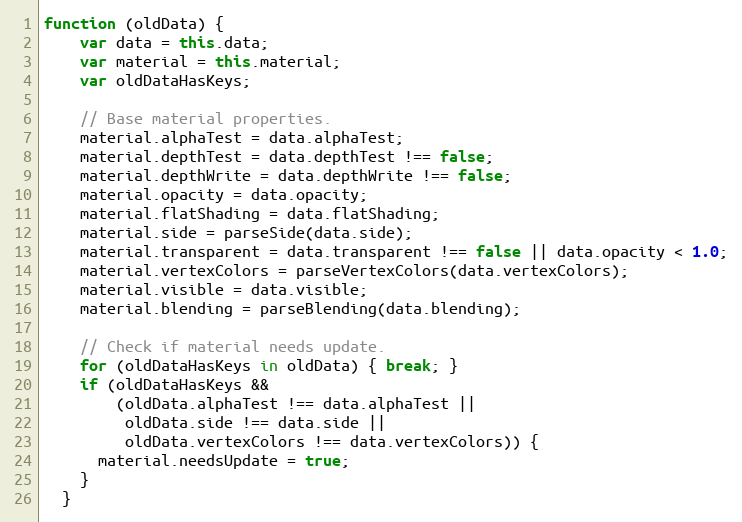
Language: JavaScript
function (oldData) {
    var data = this.data;
    var material = this.material;
    var oldDataHasKeys;

    // Base material properties.
    material.alphaTest = data.alphaTest;
    material.depthTest = data.depthTest !== false;
    material.depthWrite = data.depthWrite !== false;
    material.opacity = data.opacity;
    material.flatShading = data.flatShading;
    material.side = parseSide(data.side);
    material.transparent = data.transparent !== false || data.opacity < 1.0;
    material.vertexColors = parseVertexColors(data.vertexColors);
    material.visible = data.visible;
    material.blending = parseBlending(data.blending);

    // Check if material needs update.
    for (oldDataHasKeys in oldData) { break; }
    if (oldDataHasKeys &&
        (oldData.alphaTest !== data.alphaTest ||
         oldData.side !== data.side ||
         oldData.vertexColors !== data.vertexColors)) {
      material.needsUpdate = true;
    }
  }